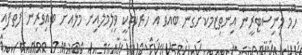
ހޯމް މިނިސްޓްރީން އިންތިޒާމްކޮށްގެން ބާއްވާ އެ ހަރަކާތަކީ ވިލިމާލެއިން މާލެއަށް ބައިވެރިން ފަތާފައި